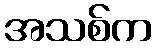
အသစ်က